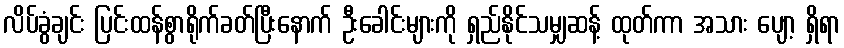
လိပ်ခွံချင်း ပြင်းထန်စွာရိုက်ခတ်ပြီးနောက် ဦးခေါင်းများကို ရှည်နိုင်သမျှဆန့် ထုတ်ကာ အသား ပျော့ ရှိရာ